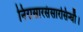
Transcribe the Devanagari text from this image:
निरासारसंसारसिन्धौ।